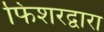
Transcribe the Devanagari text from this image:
फिशरद्वारा